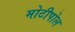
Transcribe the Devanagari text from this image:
मोटीपोल